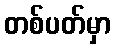
တစ်ပတ်မှာ